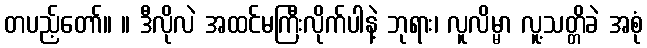
တပည့်တော်။ ။ ဒီလိုလဲ အထင်မကြီးလိုက်ပါနဲ့ ဘုရား၊ လူလိမ္မာ လူ့သတ္တိခဲ အစုံ